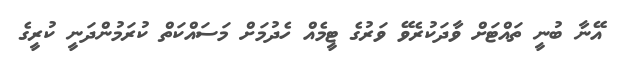
އޭނާ ބުނީ ތައްޓަށް ވާދަކުރެވޭ ވަރުގެ ޓީމެއް ހެދުމަށް މަސައްކަތް ކުރަމުންދަނީ ކުރީގެ